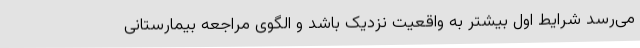
می‌رسد شرایط اول بیشتر به واقعیت نزدیک باشد و الگوی مراجعه بیمارستانی